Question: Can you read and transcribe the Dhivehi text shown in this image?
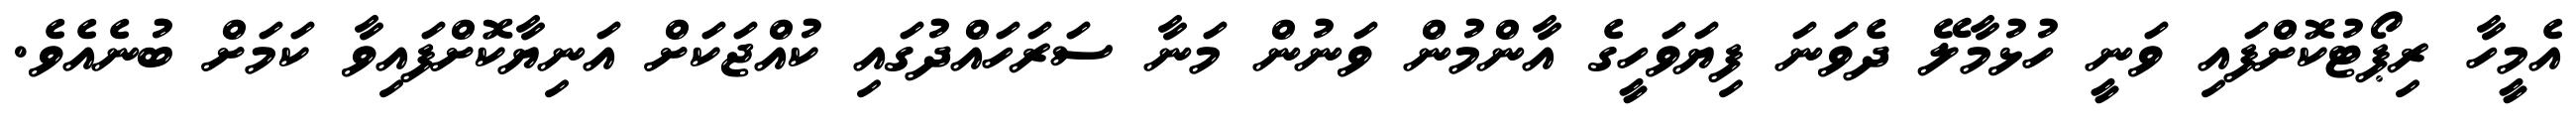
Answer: އެމީހާ ރިޕޯޓުކޮށްފައި ވަނީ ހުޅުމާލޭ ދެވަނަ ފިޔަވަހީގެ އާންމުން ވަނުން މަނާ ސަރަހައްދުގައި ކުއްޖަކަށް އަނިޔާކޮށްފައިވާ ކަމަށް ބުނެއެވެ.